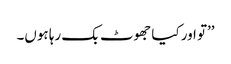
’’تو اور کیا جھوٹ بک رہا ہوں۔